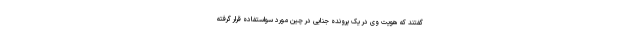
گفتند که هویت وی در یک پرونده جنایی در چین مورد سواستفاده قرار گرفته